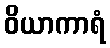
ဝိယာကာရံ